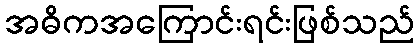
အဓိကအကြောင်းရင်းဖြစ်သည်